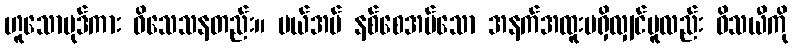
ဟူသောပုဒ်ကား ဝိသေသနတည်း။ ပယ်အပ် နစ်စေအပ်သော အနက်အထူးမရှိလျှင်မူလည်း ဝိသယီကို